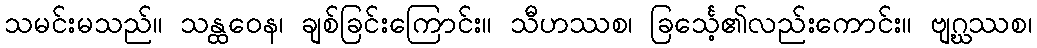
သမင်းမသည်။ သန္ထဝေန၊ ချစ်ခြင်းကြောင်း။ သီဟဿစ၊ ခြင်္သေ့၏လည်းကောင်း။ ဗျဂ္ဃဿစ၊